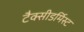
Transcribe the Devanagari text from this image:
टैक्सीडर्मिस्ट